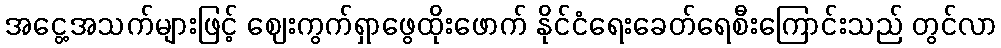
အငွေ့အသက်များဖြင့် ဈေးကွက်ရှာဖွေထိုးဖောက် နိုင်ငံရေးခေတ်ရေစီးကြောင်းသည် တွင်လာ